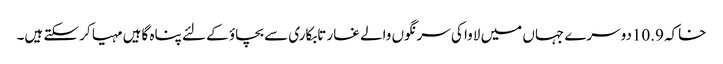
خاکہ 10.9دوسرے جہاں میں لاوا کی سرنگوں والے غار تابکاری سے بچاؤ کے لئے پناہ گاہیں مہیا کر سکتے ہیں۔